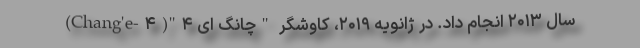
سال ۲۰۱۳ انجام داد. در ژانویه ۲۰۱۹، کاوشگر "چانگ ای ۴"(Chang'e-۴)